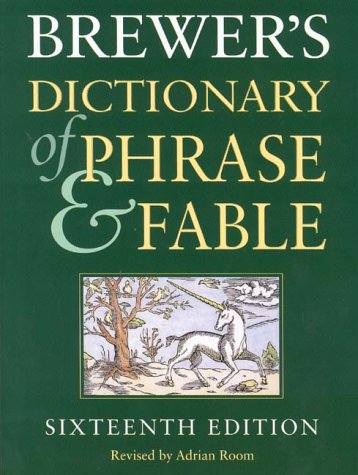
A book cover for Brewers Dictionary of Phrase and Fable Millennium Edition; Brewers; Reference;